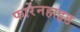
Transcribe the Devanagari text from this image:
फारेनहाइड